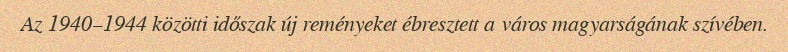
Az 1940–1944 közötti időszak új reményeket ébresztett a város magyarságának szívében.